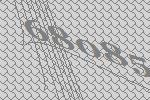
68085